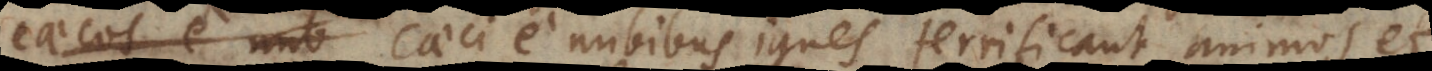
c caeci e nubibus ignes terrificant animos et